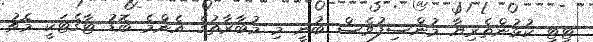
ޓީޓީ ކުުޅުންތެރިޔާ މުންސިފުވެސް ބުނީ މި މުބާރާތުގެ އެންމެ ބޮޑު ޓާގެޓަކީ މެޗު